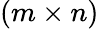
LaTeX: (m\times n)